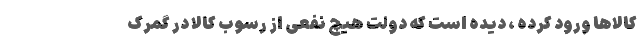
کالاها ورود کرده ، دیده است که دولت هیچ نفعی از رسوب کالا در گمرک